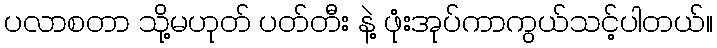
ပလာစတာ သို့မဟုတ် ပတ်တီး နဲ့ ဖုံးအုပ်ကာကွယ်သင့်ပါတယ်။